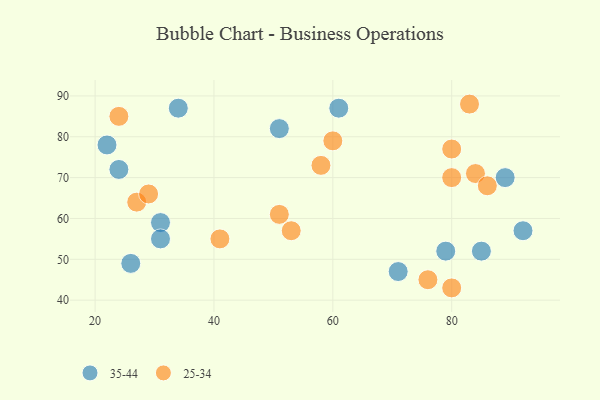
{"axis": {"x": "GDP", "y": "Life Expectancy"}, "legend": ["25-34", "35-44"], "data": [{"x": "79", "y": 52, "type": "35-44"}, {"x": "34", "y": 87, "type": "35-44"}, {"x": "61", "y": 87, "type": "35-44"}, {"x": "26", "y": 49, "type": "35-44"}, {"x": "92", "y": 57, "type": "35-44"}, {"x": "51", "y": 82, "type": "35-44"}, {"x": "89", "y": 70, "type": "35-44"}, {"x": "22", "y": 78, "type": "35-44"}, {"x": "85", "y": 52, "type": "35-44"}, {"x": "71", "y": 47, "type": "35-44"}, {"x": "31", "y": 59, "type": "35-44"}, {"x": "24", "y": 72, "type": "35-44"}, {"x": "31", "y": 55, "type": "35-44"}, {"x": "80", "y": 77, "type": "25-34"}, {"x": "27", "y": 64, "type": "25-34"}, {"x": "24", "y": 85, "type": "25-34"}, {"x": "58", "y": 73, "type": "25-34"}, {"x": "29", "y": 66, "type": "25-34"}, {"x": "84", "y": 71, "type": "25-34"}, {"x": "53", "y": 57, "type": "25-34"}, {"x": "83", "y": 88, "type": "25-34"}, {"x": "86", "y": 68, "type": "25-34"}, {"x": "60", "y": 79, "type": "25-34"}, {"x": "80", "y": 70, "type": "25-34"}, {"x": "76", "y": 45, "type": "25-34"}, {"x": "80", "y": 43, "type": "25-34"}, {"x": "41", "y": 55, "type": "25-34"}, {"x": "51", "y": 61, "type": "25-34"}]}